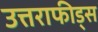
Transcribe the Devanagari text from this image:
उत्तराफीड्स